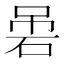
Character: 𱳻